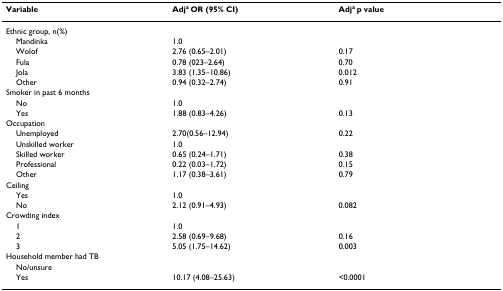
<table><thead><tr><td><b>Variable</b></td><td><b>Adj<sup>a </sup>OR (95% CI)</b></td><td><b>Adj<sup>a </sup>p value</b></td></tr></thead><tbody><tr><td>Ethnic group, n(%)</td><td></td><td></td></tr><tr><td> Mandinka</td><td>1.0</td><td></td></tr><tr><td> Wolof</td><td>2.76 (0.65–2.01)</td><td>0.17</td></tr><tr><td> Fula</td><td>0.78 (023–2.64)</td><td>0.70</td></tr><tr><td> Jola</td><td>3.83 (1.35–10.86)</td><td>0.012</td></tr><tr><td> Other</td><td>0.94 (0.32–2.74)</td><td>0.91</td></tr><tr><td>Smoker in past 6 months</td><td></td><td></td></tr><tr><td> No</td><td>1.0</td><td></td></tr><tr><td> Yes</td><td>1.88 (0.83–4.26)</td><td>0.13</td></tr><tr><td>Occupation</td><td></td><td></td></tr><tr><td> Unemployed</td><td>2.70(0.56–12.94)</td><td>0.22</td></tr><tr><td> Unskilled worker</td><td>1.0</td><td></td></tr><tr><td> Skilled worker</td><td>0.65 (0.24–1.71)</td><td>0.38</td></tr><tr><td> Professional</td><td>0.22 (0.03–1.72)</td><td>0.15</td></tr><tr><td> Other</td><td>1.17 (0.38–3.61)</td><td>0.79</td></tr><tr><td>Ceiling</td><td></td><td></td></tr><tr><td> Yes</td><td>1.0</td><td></td></tr><tr><td> No</td><td>2.12 (0.91–4.93)</td><td>0.082</td></tr><tr><td>Crowding index</td><td></td><td></td></tr><tr><td> 1</td><td>1.0</td><td></td></tr><tr><td> 2</td><td>2.58 (0.69–9.68)</td><td>0.16</td></tr><tr><td> 3</td><td>5.05 (1.75–14.62)</td><td>0.003</td></tr><tr><td>Household member had TB</td><td></td><td></td></tr><tr><td> No/unsure</td><td></td><td></td></tr><tr><td> Yes</td><td>10.17 (4.08–25.63)</td><td>&lt;0.0001</td></tr></tbody></table>